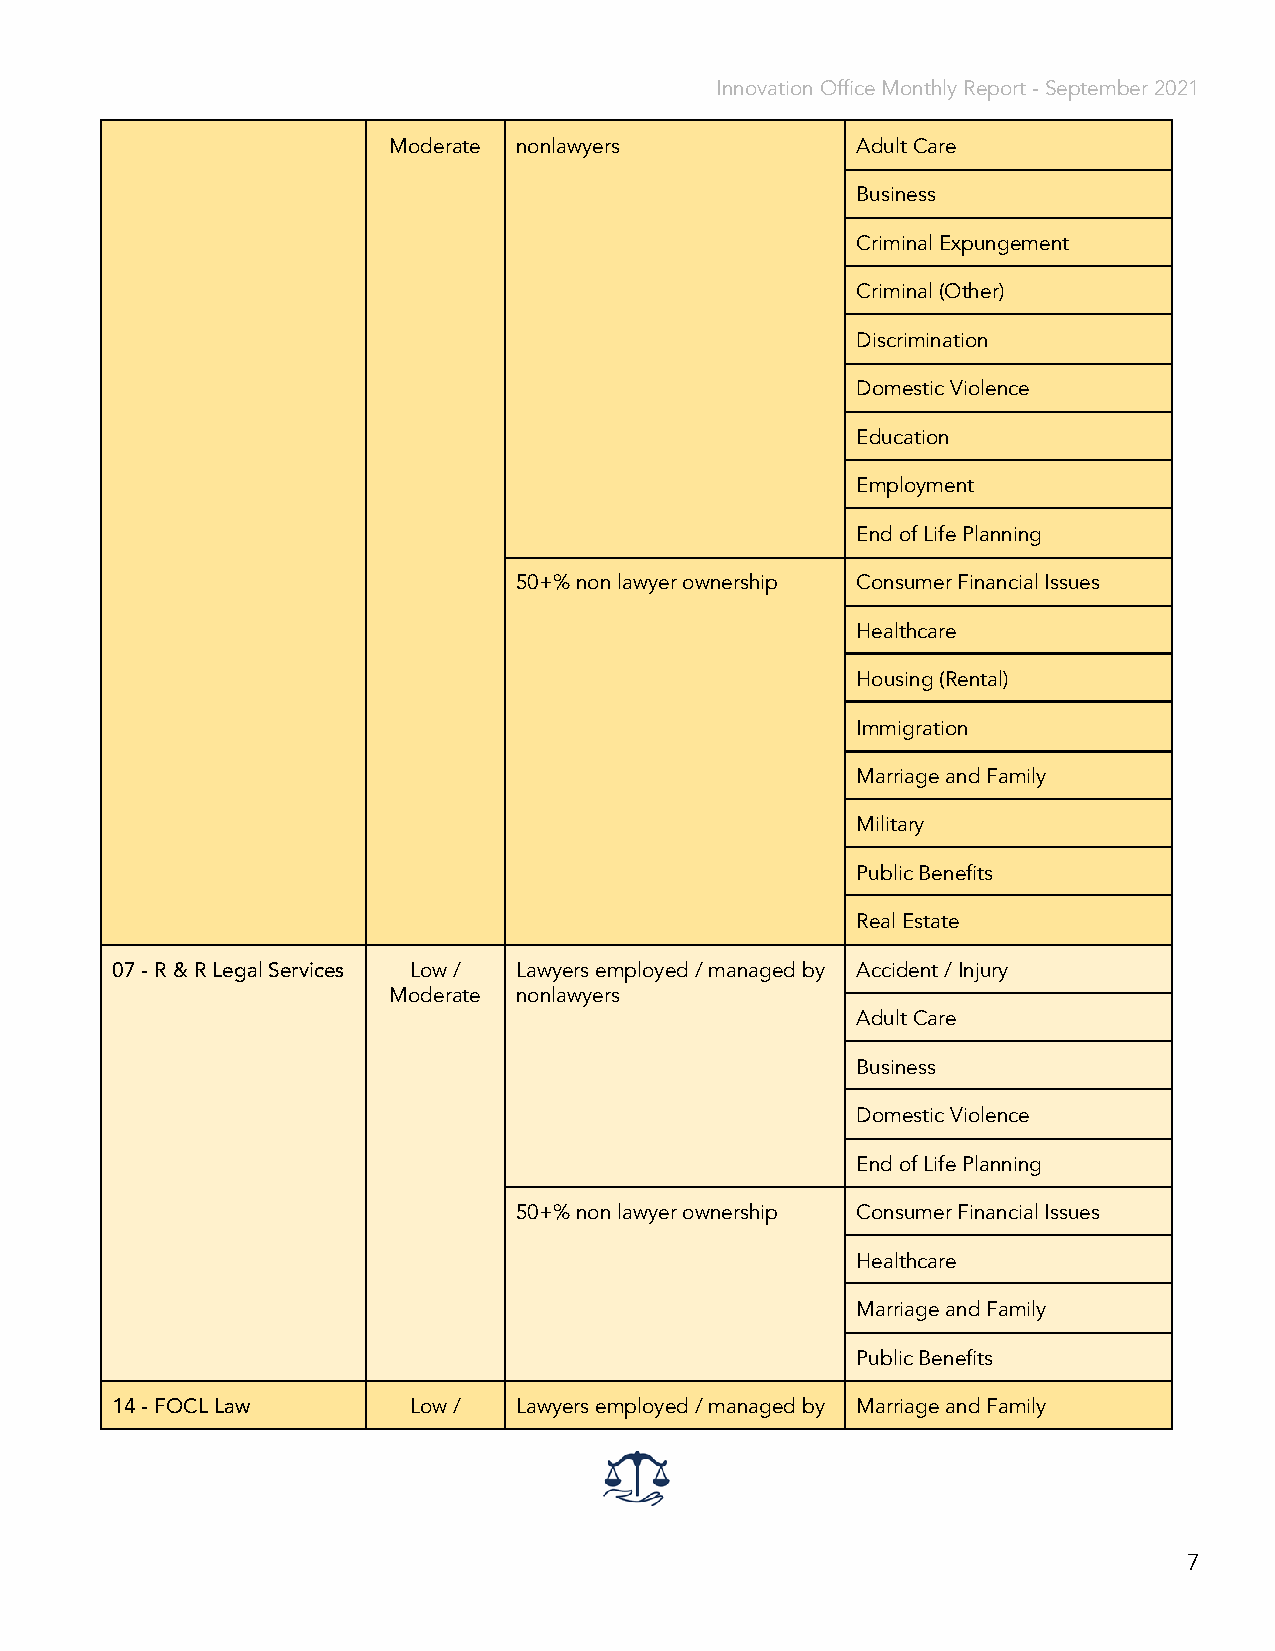
Innovation Office Monthly Report - September 2021
 Moderate nonlawyers            Adult Care
 Business
 Criminal Expungement
 Criminal (Other)
 Discrimination
 Domestic Violence
 Education
 Employment
 End of Life Planning
 50+% non lawyer ownership Consumer Financial Issues
 Healthcare
 Housing (Rental)
 Immigration
 Marriage and Family
 Military
 Public Benefits
 Real Estate
 07 - R & R Legal Services Low / Lawyers employed / managed by Accident / Injury
 Moderate nonlawyers
 Adult Care
 Business
 Domestic Violence
 End of Life Planning
 50+% non lawyer ownership Consumer Financial Issues
 Healthcare
 Marriage and Family
 Public Benefits
 14 - FOCL Law       Low /  Lawyers employed / managed by Marriage and Family
 7